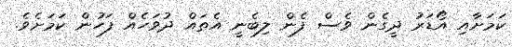
ކަމަށާއި އޯޑަރު ދީގެން ވެސް ފެން ލިބެނީ އެތައް ދުވަހެއް ފަހުން ކަމަށެވެ.